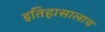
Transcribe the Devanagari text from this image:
इतिहासालाच